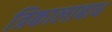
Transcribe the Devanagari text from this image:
त्रिकालाबाध